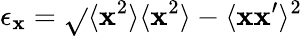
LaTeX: \epsilon_{\mathbf{x}}=\sqrt{}{{\langle\mathbf{x}^{2}\rangle\langle\mathbf{x}^{2}\rangle-\langle\mathbf{x}\mathbf{x}^{\prime}\rangle^{2}}}